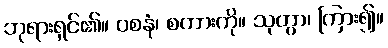
ဘုရားရှင်၏။ ဝစနံ၊ စကားကို။ သုတွာ၊ ကြား၍။